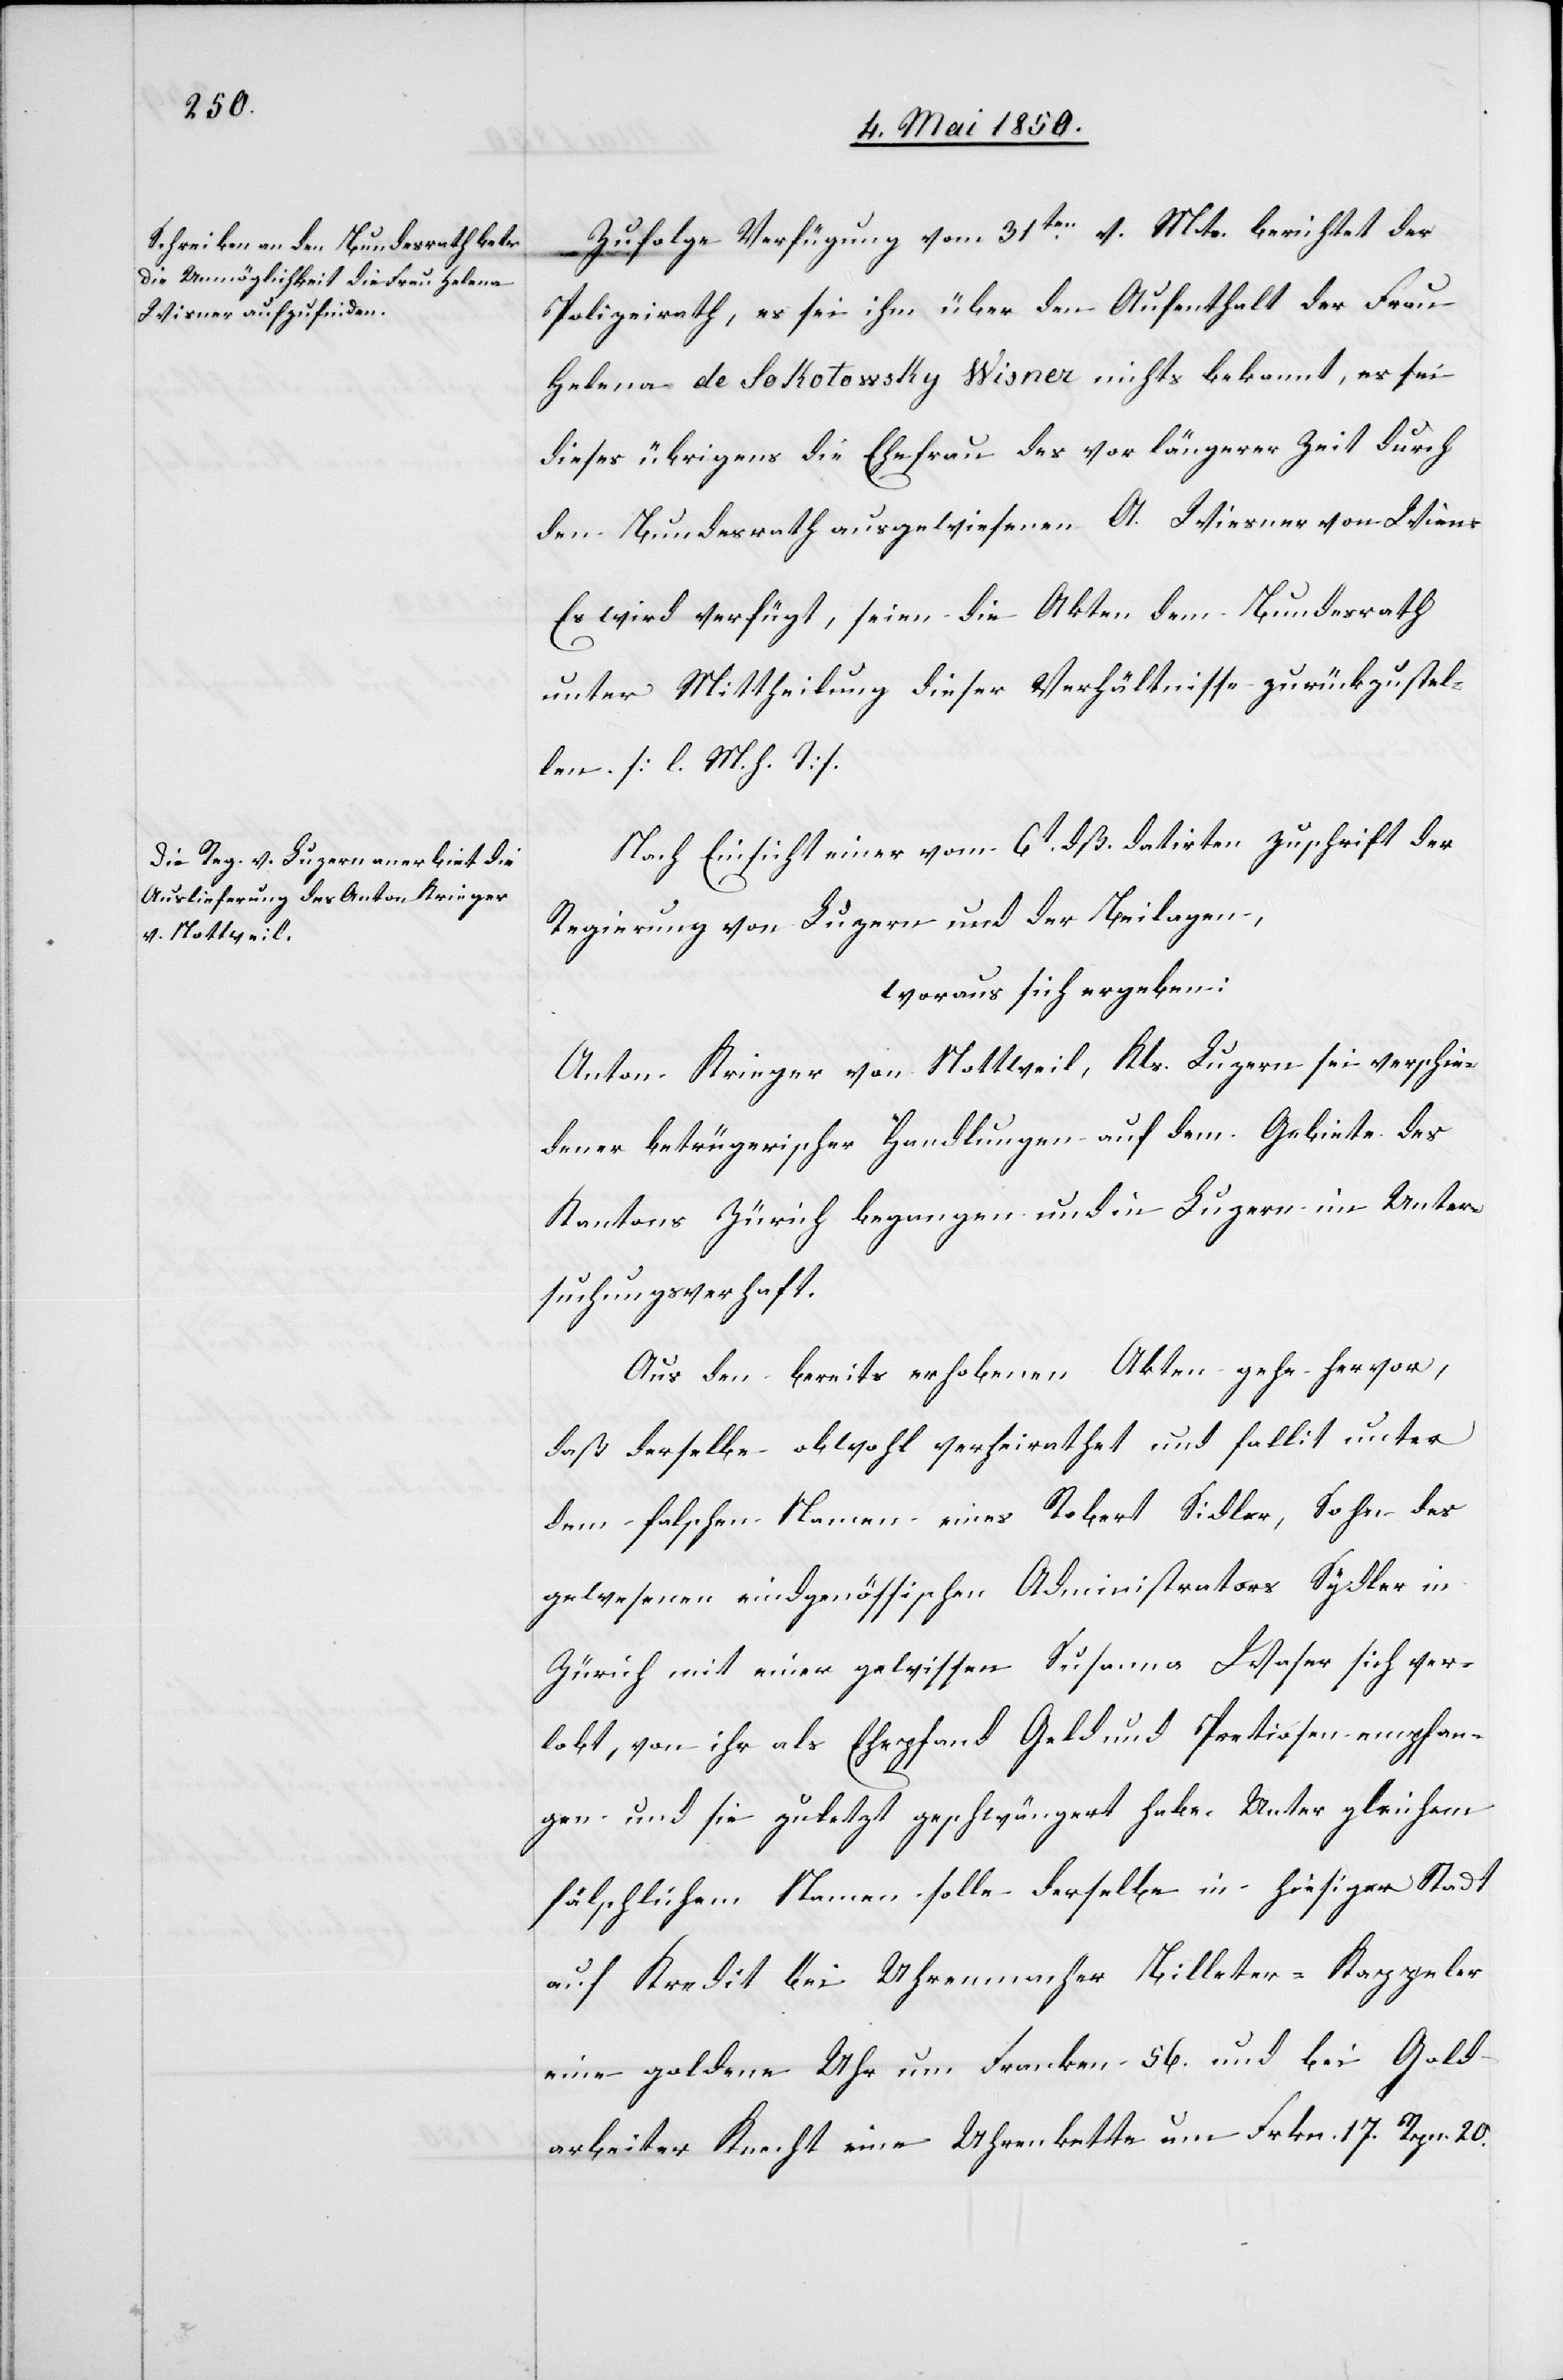
7. Mai 1850.]
Zufolge Verfügung vom 31ten v. Mts. berichtet der
Polizeirath, es sei ihm über den Aufenthalt der Frau
Helena de Sokotowsky Wisner nichts bekannt, es sei
dieses übrigens die Ehefrau des vor längerer Zeit durch
den Bundesrath ausgewiesenen A. Wiesner [sic!] von Wien.
Es wird verfügt, seien die Akten dem Bundesrath
unter Mittheilung dieser Verhältnisse zurückzustel¬
len. [l. M. h. T]
Nach Einsicht einer vom 6t dß. datirten Zuschrift der
Regierung von Luzern und der Beilagen,
woraus sich ergeben:
Anton Krieger von Nottweil, Kts. Luzern sei verschie¬
dener betrügerischer Handlungen auf dem Gebiete des
Kantons Zürich begangen [sic!] und in Luzern in Unter¬
suchungsverhaft.
Aus den bereits erhobenen Akten gehe hervor,
daß derselbe obwohl verheirathet und fallit unter
dem falschen Namen eines Robert Sidler, Sohn des
gewesenen eidgenössischen Administrators Sydler
Zürich mit einer gewissen Susanna Waser sich ver¬
lobt, von ihr als Ehepfand Geld und Pretiosen empfan¬
gen und sie zuletzt geschwängert habe. Unter gleichem
fälschlichem Namen solle derselbe in hiesiger Stadt
auf Kredit bei Uhrenmacher Billeter-Kappeler
eine goldene Uhr um Franken 56. und bei Gold¬
arbeiter Knecht eine Uhrenkette um Frkn. 17. Rpn. 20.